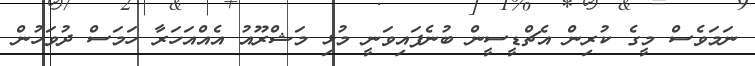
ނަމަވެސް މީގެ ކުރިން އެޗްޑީސީން ބުނެފައިވަނީ މުޅި މަޝްރޫއު އެއްއަހަރާ ހަމަސް ދުވަހުން